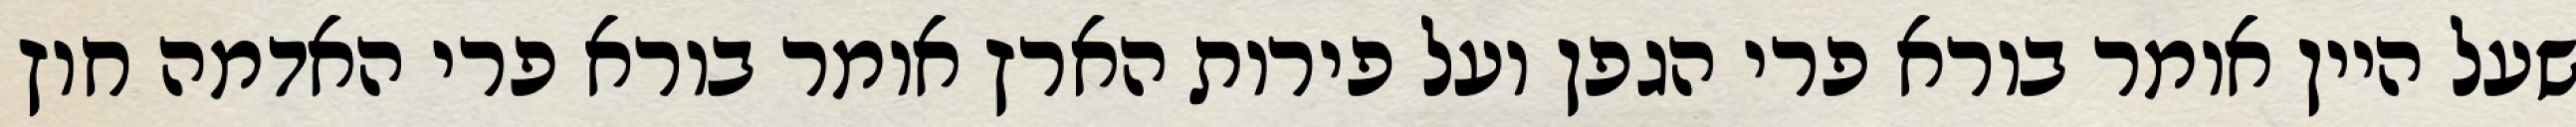
שעל היין אומר בורא פרי הגפן ועל פירות הארץ אומר בורא פרי האדמה חוץ